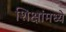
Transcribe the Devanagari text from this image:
शिक्षांमध्ये